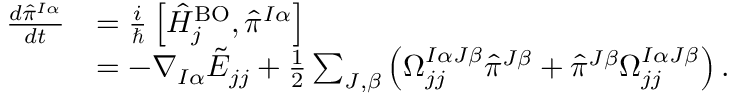
\begin{array} { r l } { \frac { d { \hat { \pi } } ^ { I \alpha } } { d t } } & { = \frac i { \hbar } \left[ \hat { H } _ { j } ^ { \mathrm { B O } } , { \hat { \pi } ^ { I \alpha } } \right] } \\ & { = - \nabla _ { I \alpha } \tilde { E } _ { j j } + \frac 1 2 \sum _ { J , \beta } \left( \Omega _ { j j } ^ { I \alpha J \beta } { \hat { \pi } } ^ { J \beta } + { \hat { \pi } } ^ { J \beta } \Omega _ { j j } ^ { I \alpha J \beta } \right) . } \end{array}